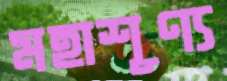
মহাশূণ্য